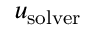
u _ { \mathrm { s o l v e r } }